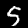
Digit: 5